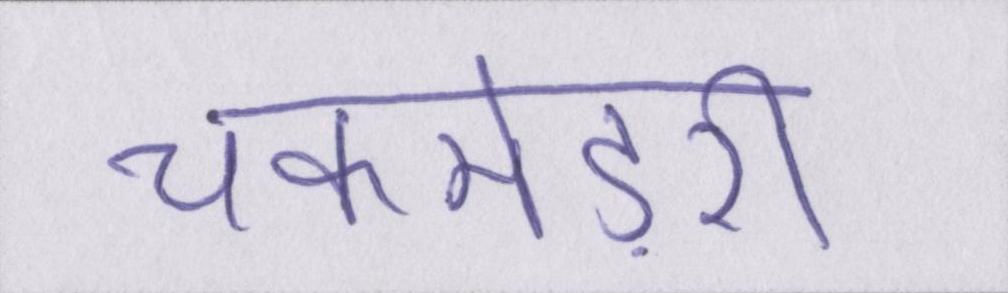
चकमेड़री